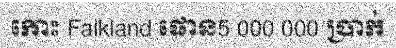
កោះ Falkland ផោន5 000 000 ប្រាក់